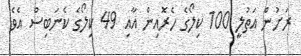
ރަށުން އަތުލީ 100 ކިލޯގެ ހެރޮއިން އާއި 49 ކިލޯގެ ކެނަބިސް އެވެ.